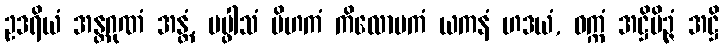
ဥဒရိယံ အန္တဂုဏံ အန္တံ, ပပ္ဖါသံ ပိဟကံ ကိလောမကံ ယကနံ ဟဒယံ, ဝက္ကံ အဋ္ဌိမိဉ္ဇံ အဋ္ဌိ